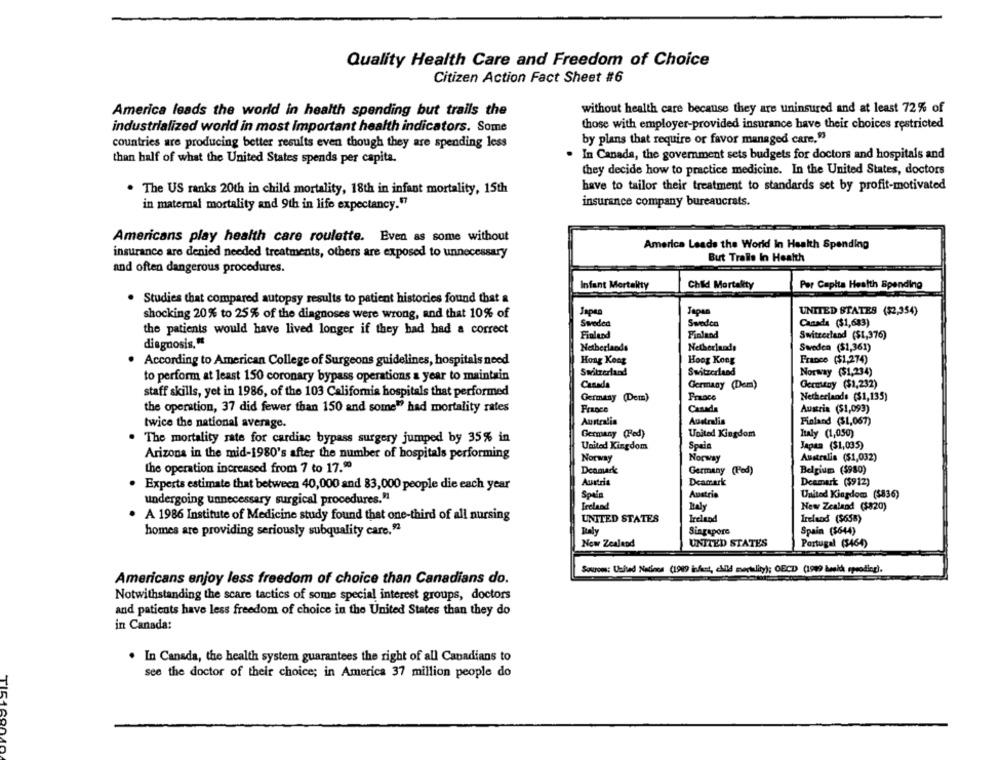
Quality Health Care and Freedom of Choice
Citizen Action Fact Sheet #6
America leads the world in health spending but trails the
without health care because they are uninsured and at least 72% of
industrialized world in most Important health indicators. Some
those with employer-provided insurance have their choices restricted
countries are producing better results even though they are spending less
by plans that require or favor managed care,"
than half of what the United States spends per capita.
In Canada, the government sets budgets for doctors and hospitals and
they decide how to practice medicine. In the United States, doctors
The US ranks 20th in child mortality, 18th in infant mortality, 15th
have to tailor their treatment to standards set by profit-motivated
in maternal mortality and 9th in life expectancy."7
insurance company bureaucrats.
Americans play health care roulette. Even as some without
America Leads the World In Health Spending
insurance are denied needed treatments, others are exposed to unnecessary
But Tralle In Health
and often dangerous procedures.
Infant Mortality
Child Mortality
Per Capita Health Spending
. Studies that compared autopsy results to patient histories found that a
Japan
UNITED STATES ($2,354)
shocking 20% to 25% of the diagnoses were wrong, and that 10% of
Sweden
Sweco
Canada ($1,683)
the patients would have lived longer if they had had a correct
Finland
Finland
Switzerland ($1,376)
diagnosis."
Netherlands
Netherlands
Sweden ($1,361)
According to American College of Surgeons guidelines, hospitals need
Hong Kong
Hoog Kong
France ($1,274)
Switzerland
Switzerland
Norway ($1,234)
to perform at least 150 coronary bypass operations a year to maintain
Canada
Germany (Dem)
Germany ($1,232)
staff skills, yet in 1986, of the 103 California hospitals that performed
France
Germany (Dem)
Netherlands ($1,135)
the operation, 37 did fewer than 150 and some" had mortality rates
France
Canada
Austria ($1,093)
twice the national average.
Australia
Finland ($1,067)
Germany (Fed)
United Kingdom
Italy (1,050)
The mortality rate for cardiac bypass surgery jumped by 35% in
United Kingdom
Spain
Japan ($1,035)
Arizona in the mid-1980's after the number of hospitals performing
Norway
Norway
Australia ($1,032)
the operation increased from 7 to 17.90
Deamark
Germany (Pod)
Belgium ($980)
· Experts estimate that between 40,000 and 83,000 people die each year
Austria
Dearark
Deamark: ($912)
Austria
United Kingdom ($836)
undergoing unnecessary surgical procedures."1
Spain
Ireland
Italy
New Zealand ($820)
A 1986 Institute of Medicine study found that one-third of all nursing
UNITED STATES
Ireland
Ireland ($658)
homes are providing seriously subquality care.92
Baly
Singapore
Spain ($644)
Now Zealend
UNTIED STATES
Portugal (3464)
Sources: United Nations (1989 infent, elid mortality); OECD (1949 besid peodieg).
Americans enjoy less freedom of choice than Canadians do.
Notwithstanding the scare tactics of some special interest groups, doctors
and patients have less freedom of choice in the United States than they do
in Canada:
. In Canada, the health system guarantees the right of all Canadians to
see the doctor of their choice; in America 37 million people do
TIS1600